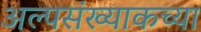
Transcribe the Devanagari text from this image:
अल्पसंख्याकच्या